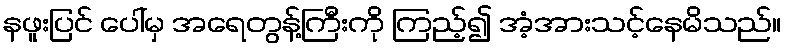
နဖူးပြင် ပေါ်မှ အရေတွန့်ကြီးကို ကြည့်၍ အံ့အားသင့်နေမိသည်။